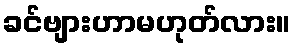
ခင်ဗျားဟာမဟုတ်လား။